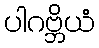
ပါဂဗ္ဘိယံ